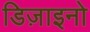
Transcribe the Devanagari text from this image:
डिज़ाइनो